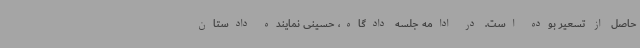
حاصل از تسعیر بوده است. در ادامه جلسه دادگاه، حسینی نماینده دادستان